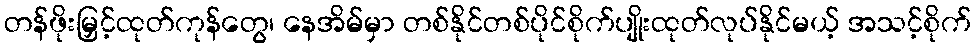
တန်ဖိုးမြှင့်ထုတ်ကုန်တွေ၊ နေအိမ်မှာ တစ်နိုင်တစ်ပိုင်စိုက်ပျိုးထုတ်လုပ်နိုင်မယ့် အသင့်စိုက်